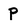
Character: P